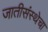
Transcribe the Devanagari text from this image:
जातीसंस्थेचा